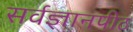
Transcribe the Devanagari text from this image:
सर्वज्ञानपीठ